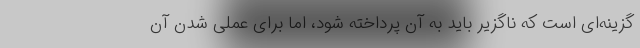
گزینه‌ای است که ناگزیر باید به آن پرداخته شود، اما برای عملی شدن آن